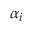
\alpha _ { i }